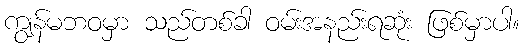
ကျွန်မဘဝမှာ သည်တစ်ခါ ဝမ်းအနည်းရဆုံး ဖြစ်မှာပါ။